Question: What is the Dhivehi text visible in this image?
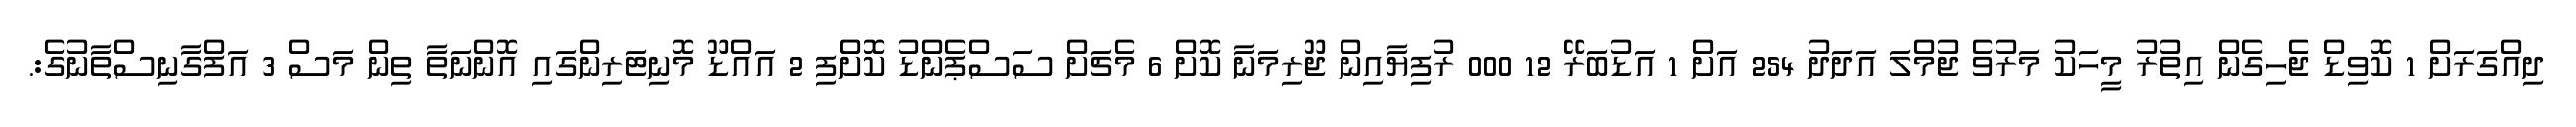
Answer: ދިއްގަރަށް 1 ކޮވިޑް ޖެހިގެން އިތުރު މީހަކު މަރުވެ ޖުމްލަ އަދަދު 254 އަށް 1 އަޑުބަރޭ 12 000 ރުފިޔާއިން ޖޫރިމަނާ ކޮށް 6 މެޗަށް ސަސްޕެންޑު ކޮށްފި 2 އައްޑޫ މޮނިޓަރިންގައި އޮންނަތާ ތިން މަސް 3 އަފްގާނިސްތާނުގެ:.